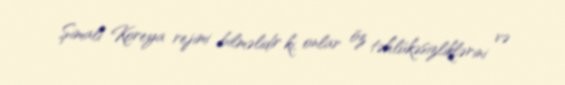
Şimali Koreya rejimi bilməlidir ki, onlar öz təhlükəsizliklərini və